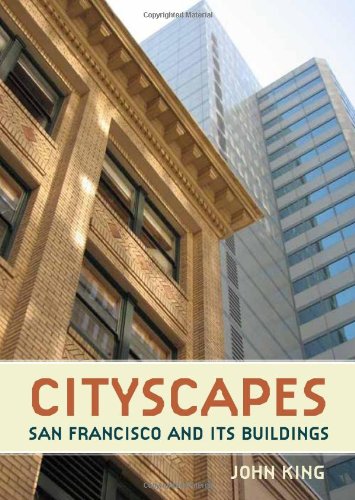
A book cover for Cityscapes: San Francisco and its Buildings; John King; Arts & Photography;